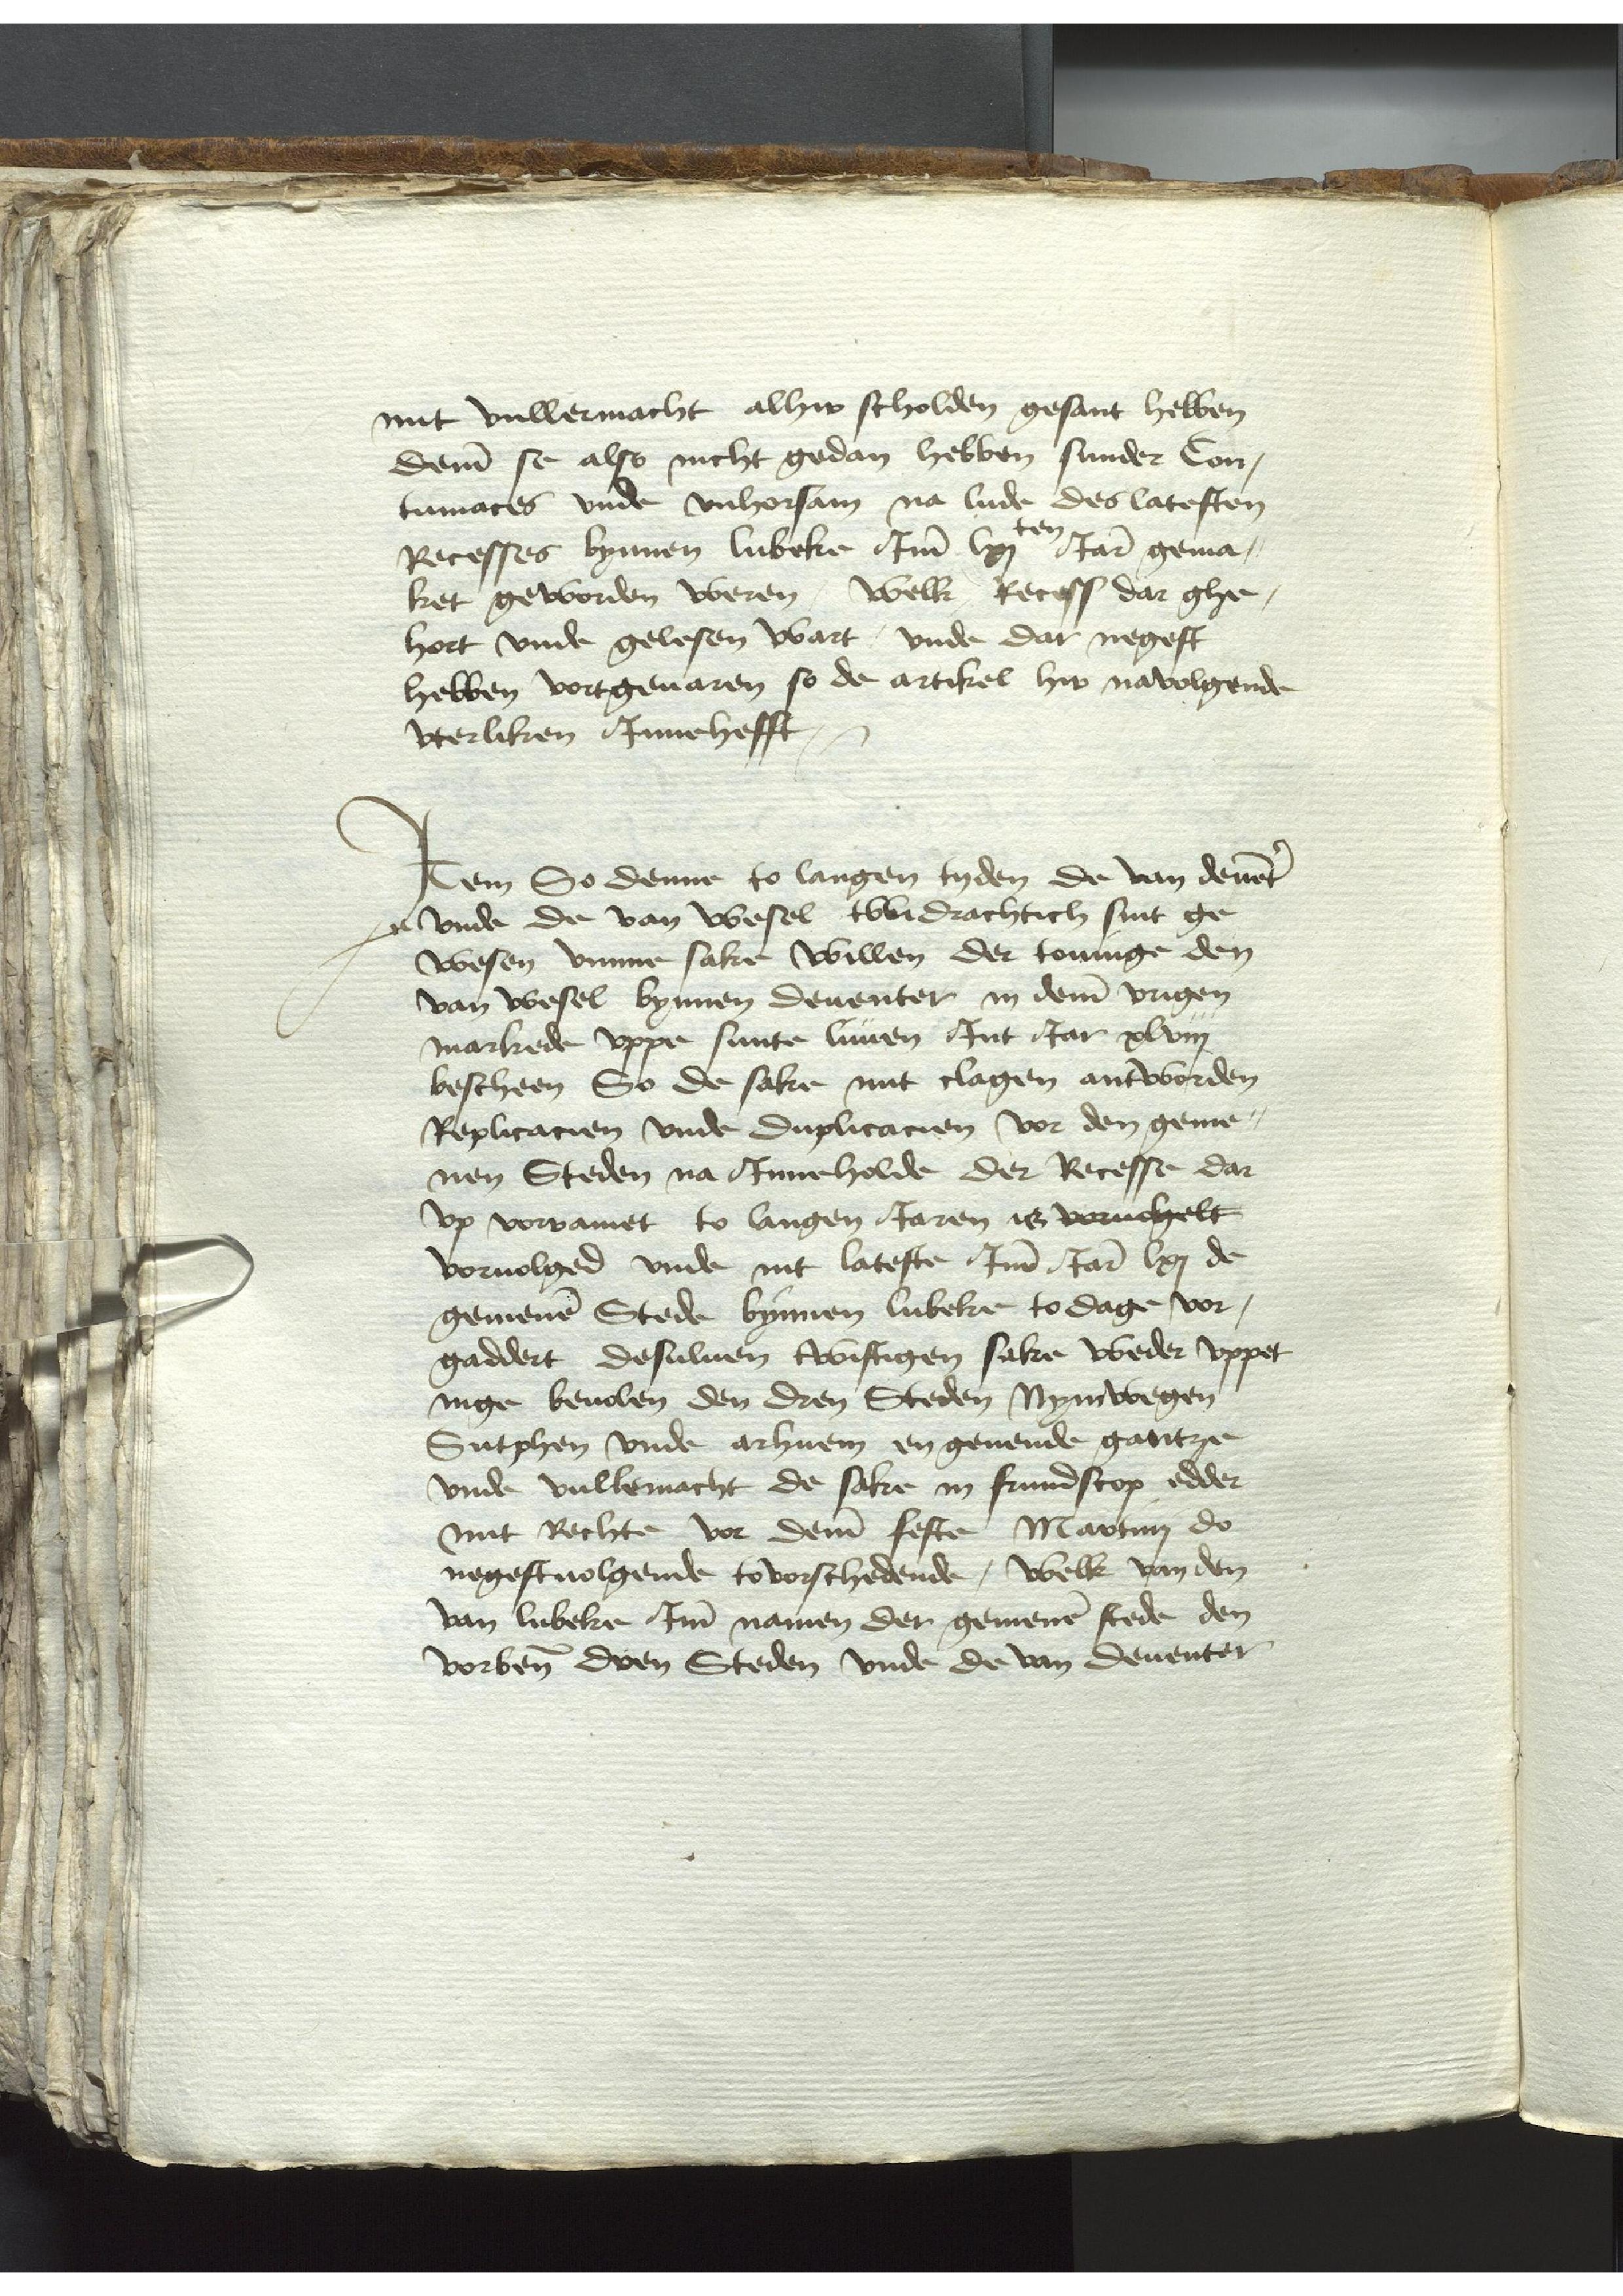
mit vullermacht alhir scholden gesant hebben
deme se also nicht gedan hebben sunder Con¬
tumaces vnde vnhorsam na lude des latesten
Recesses bynnen Lubeke Jme lxjten Jare gema¬
ket geworden weren, welk, Recess dar ghe¬
hort vnde gelesen wart, vnde dar negest
hebben vortgeuaren so de artikel hir navolgende
vterliken Jnnehefft

Jtem So denne to langen tyden de van deuenter
vnde de van wesel twidrachtich sint ge¬
wesen vmme sake willen der toninge den
van wesel bynnen deuenter in deme vrigen
markede vppe sunte Ciuen Jnt Jar xlviij
bescheen So de sake mit clagen antworden
Replicacien vnde Suplicacien vor den geme¬
nen Steden na Jnneholde der Recesse dar
vp voramet to langen Jaren is voruolgelt
voruolged vnde int lateste Jme Jare lxi de
gemenen Stede bynnen Lubeke to dage vor¬
gaddert desuluen twistigen sake weder vppet
nige beuolen den dren Steden Nymwegen
Sutphen vnde arhnem en geuende gantze
vnde vullemacht de sake in frundscop edder
mit Rechte vor deme feste Martini do
negestuolgende tovorschedende, welk van den
van Lubeke Jme namen der gemenen stede den
vorbenomeden dren Steden vnde de van Deuenter